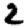
Digit: 2